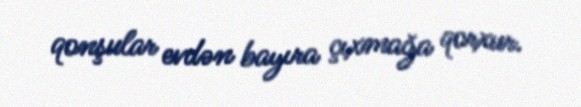
qonşular evdən bayıra çıxmağa qorxur.